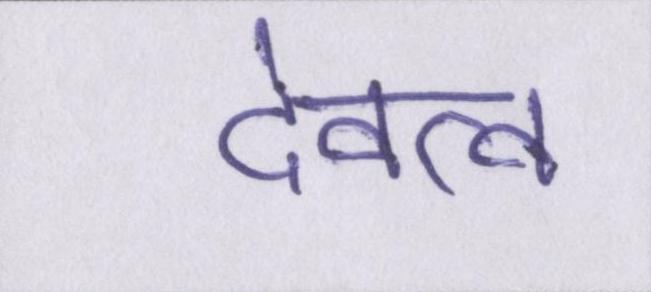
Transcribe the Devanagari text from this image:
देवत्व